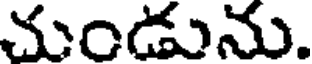
చుండును.